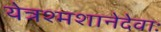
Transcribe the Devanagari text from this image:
येत्रश्मशानेदेवाः